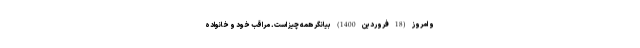
و امروز (18 فروردین 1400) بیانگر همه چیز است. مراقب خود و خانواده